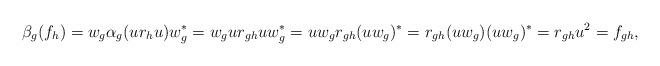
\begin{align*}\beta_g(f_h)=w_g\alpha_g(ur_hu)w_g^*=w_gur_{gh}uw_g^*=uw_gr_{gh}(uw_g)^*=r_{gh}(uw_g)(uw_g)^*=r_{gh}u^2=f_{gh},\end{align*}